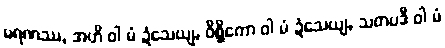
မရဏဿ, အဟိ ဝါ မံ ဍံသေယျ, ဝိစ္ဆိကော ဝါ မံ ဍံသေယျ, သတပဒီ ဝါ မံ